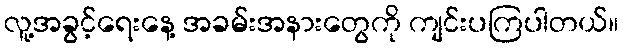
လူ့အခွင့်ရေးနေ့ အခမ်းအနားတွေကို ကျင်းပကြပါတယ်။